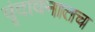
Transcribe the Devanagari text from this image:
वृंदावनातच